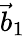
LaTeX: \vec{b}_{1}